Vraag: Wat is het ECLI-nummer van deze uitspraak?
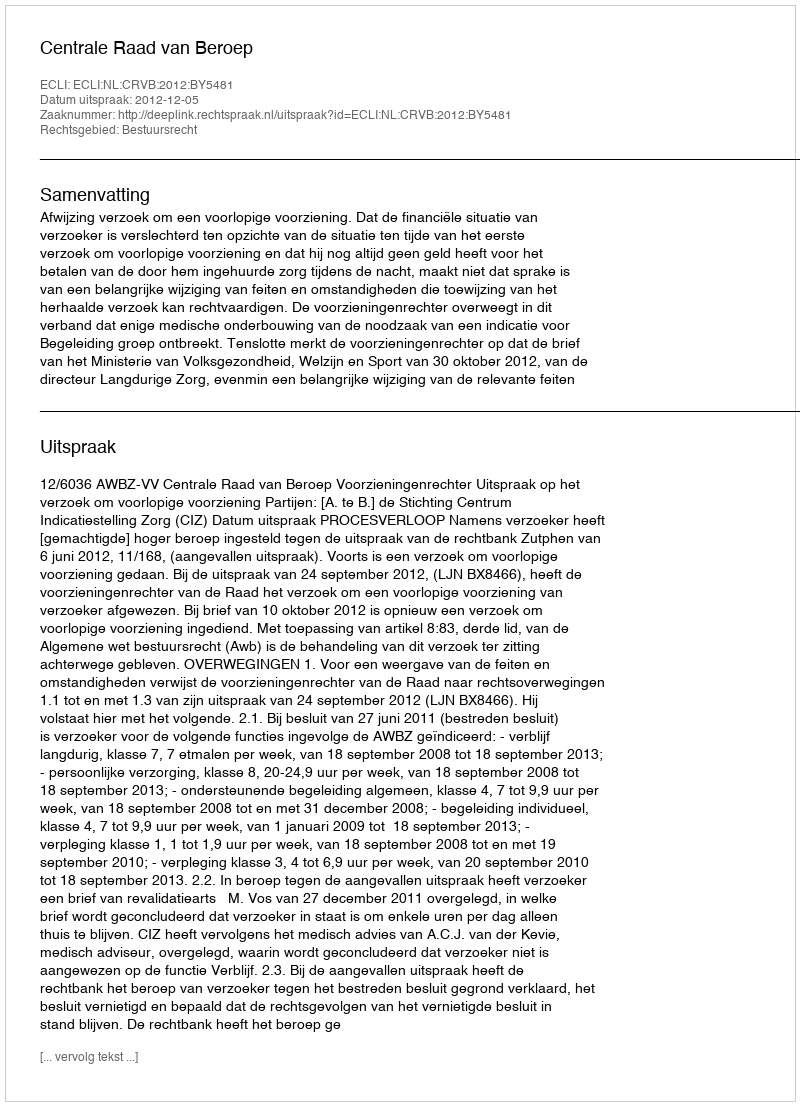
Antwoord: ECLI:NL:CRVB:2012:BY5481